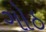
ગોઠ